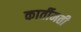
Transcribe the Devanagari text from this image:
कार्तीमती